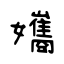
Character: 孈